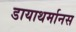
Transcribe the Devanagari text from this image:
डायाथर्मानस